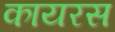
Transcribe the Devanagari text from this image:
कायरस